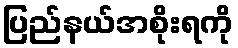
ပြည်နယ်အစိုးရကို